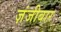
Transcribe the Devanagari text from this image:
ज़ंजीबार